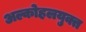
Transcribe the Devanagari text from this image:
अल्कोहलयुक्त